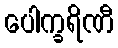
ပေါက္ခရိဏီ